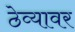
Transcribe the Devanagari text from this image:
ठेव्यावर